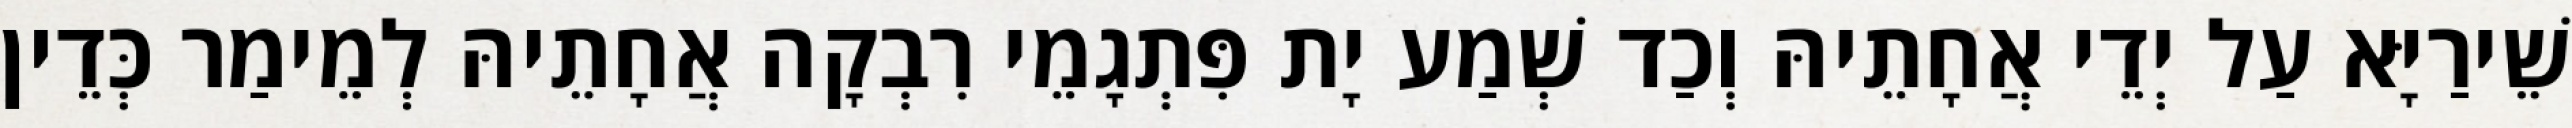
שֵׁירַיָּא עַל יְדֵי אֲחָתֵיהּ וְכַד שְׁמַע יָת פִּתְגָמֵי רִבְקָה אֲחָתֵיהּ לְמֵימַר כְּדֵין